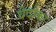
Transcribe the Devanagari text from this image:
वेदोका